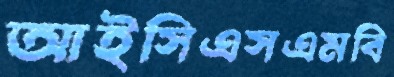
আইসিএসএমবি